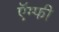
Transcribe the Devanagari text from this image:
ऍम्फी